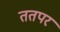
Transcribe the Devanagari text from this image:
ततपर